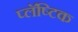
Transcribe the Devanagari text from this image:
प्लॅष्टिक